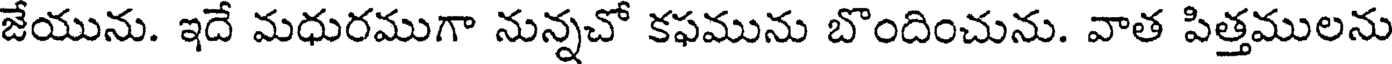
జేయును. ఇదే మధురముగా నున్నచో కఫమును బొందించును. వాత పిత్తములను